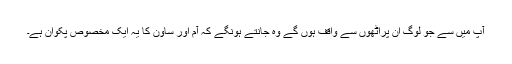
آپ میں سے جو لوگ ان پراٹھوں سے واقف ہوں گے وہ جانتے ہونگے کہ آم اور ساون کا یہ ایک مخصوص پکوان ہے۔